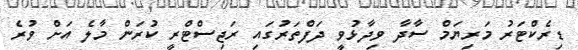
ޑިރެކްޓަރު މަރިޔަމް ސާދާ ވިދާޅުވީ ދަފްތަރުގައި ރަޖިސްޓްރީ ކުރަން މާލެ އަށް ވުރެ